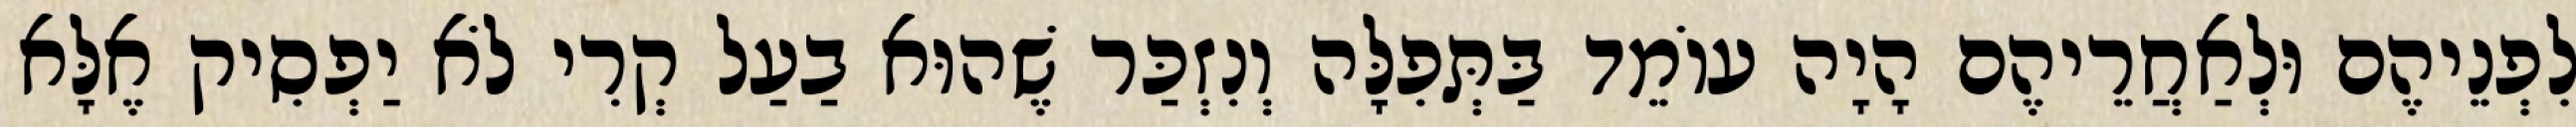
לִפְנֵיהֶם וּלְאַחֲרֵיהֶם הָיָה עוֹמֵד בַּתְּפִלָּה וְנִזְכַּר שֶׁהוּא בַעַל קְרִי לֹא יַפְסִיק אֶלָּא